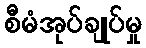
စီမံအုပ်ချုပ်မှု